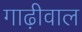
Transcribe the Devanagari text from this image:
गाढ़ीवाल